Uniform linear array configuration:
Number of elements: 8
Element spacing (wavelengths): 0.25
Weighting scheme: blackman
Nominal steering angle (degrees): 15
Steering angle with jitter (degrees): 13.151
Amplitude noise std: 0.05
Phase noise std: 0.05

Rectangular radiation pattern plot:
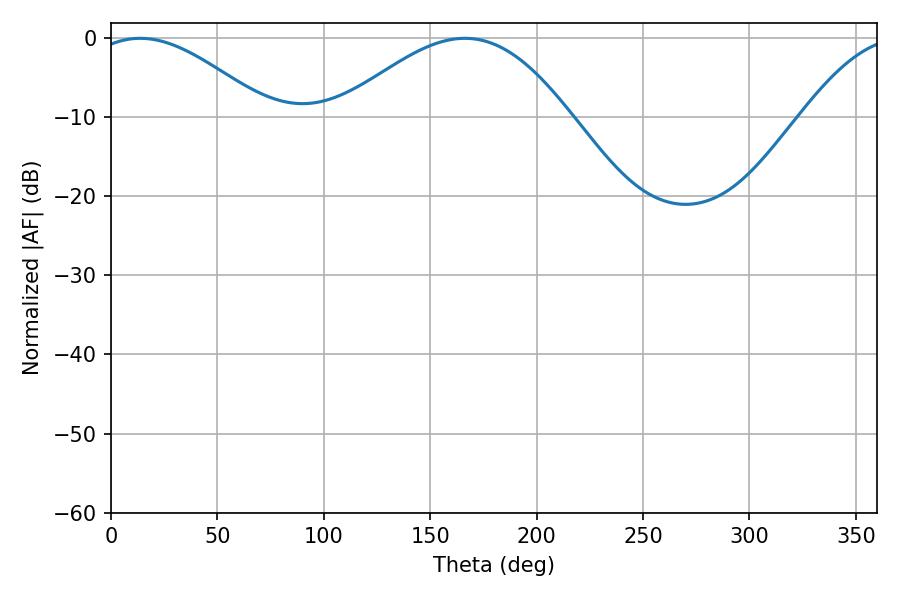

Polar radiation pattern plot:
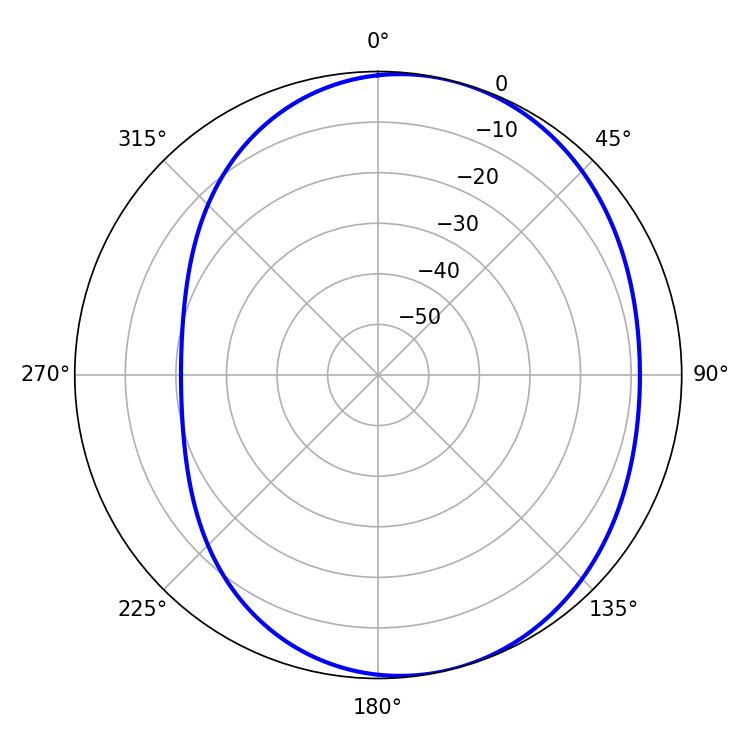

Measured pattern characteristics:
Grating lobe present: FALSE
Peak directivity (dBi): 4.936
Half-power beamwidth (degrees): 45
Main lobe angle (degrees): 13.68